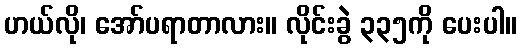
ဟယ်လို၊ အော်ပရာတာလား။ လိုင်းခွဲ ၃၃၅ကို ပေးပါ။